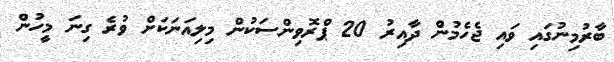
ބާރުމިނުގައި ވައި ޖެހެމުން ދާއިރު 20 ޕްރޮވިންސަކުން މިލިއަނަކަށް ވުރެ ގިނަ މީހުން